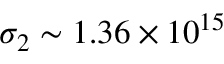
\sigma _ { 2 } \sim 1 . 3 6 \times 1 0 ^ { 1 5 }